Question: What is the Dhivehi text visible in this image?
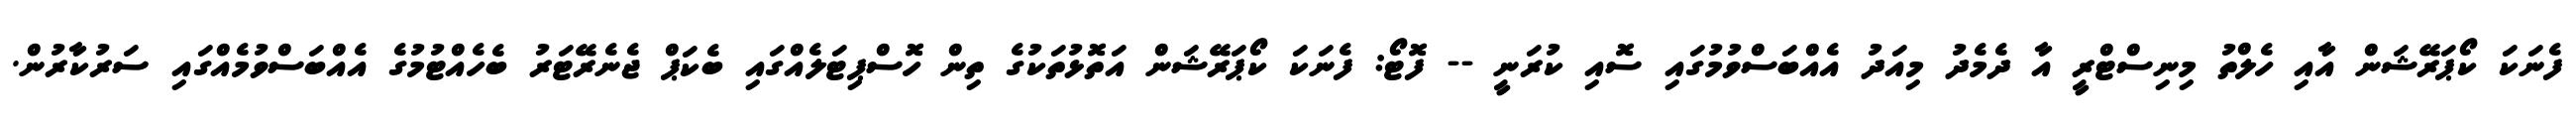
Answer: ފެނަކަ ކޯޕަރޭޝަން އާއި ހެލްތު މިނިސްޓްރީ އާ ދެމެދު މިއަދު އެއްބަސްވުމުގައި ސޮއި ކުރަނީ -- ފޮޓޯ: ފެނަކަ ކޯޕަރޭޝަން އަތޮޅުތަކުގެ ތިން ހޮސްޕިޓަލެއްގައި ބެކަޕް ޖެނެރޭޓަރު ބެހެއްޓުމުގެ އެއްބަސްވުމެއްގައި ސަރުކާރުން.